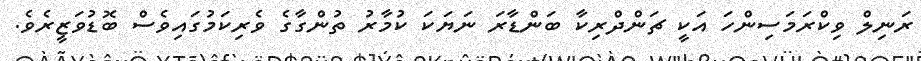
ރަނިލް ވިކްރަމަސިންހަ އަކީ ޗަންދްރިކާ ބަންޑާރަ ނަޔަކަ ކުމާރު ތުންގާގެ ވެރިކަމުގައިވެސް ބޮޑުވަޒީރެވެ.